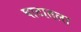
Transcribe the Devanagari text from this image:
घाटातला